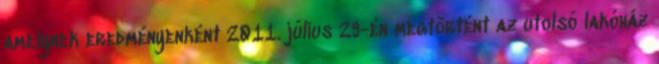
amelynek eredményenként 2011. július 29-én megtörtént az utolsó lakóház